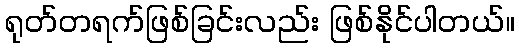
ရုတ်တရက်ဖြစ်ခြင်းလည်း ဖြစ်နိုင်ပါတယ်။